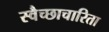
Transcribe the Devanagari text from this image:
स्वैच्छाचारिता